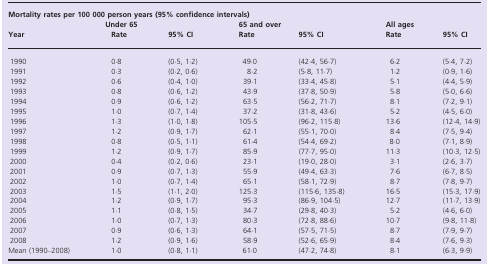
<table><thead><tr><td colspan="7"><b>Mortality rates per 100 000 person years (95% confidence intervals)</b></td></tr><tr><td></td><td><b>Under 65</b></td><td></td><td><b>65 and over</b></td><td></td><td><b>All ages</b></td><td></td></tr><tr><td><b>Year</b></td><td><b>Rate</b></td><td><b>95% CI</b></td><td><b>Rate</b></td><td><b>95% CI</b></td><td><b>Rate</b></td><td><b>95% CI</b></td></tr></thead><tbody><tr><td>1990</td><td>0·8</td><td>(0·5, 1·2)</td><td>49·0</td><td>(42·4, 56·7)</td><td>6·2</td><td>(5·4, 7·2)</td></tr><tr><td>1991</td><td>0·3</td><td>(0·2, 0·6)</td><td>8·2</td><td>(5·8, 11·7)</td><td>1·2</td><td>(0·9, 1·6)</td></tr><tr><td>1992</td><td>0·6</td><td>(0·4, 1·0)</td><td>39·1</td><td>(33·4, 45·8)</td><td>5·1</td><td>(4·4, 5·9)</td></tr><tr><td>1993</td><td>0·8</td><td>(0·6, 1·2)</td><td>43·9</td><td>(37·8, 50·9)</td><td>5·8</td><td>(5·0, 6·6)</td></tr><tr><td>1994</td><td>0·9</td><td>(0·6, 1·2)</td><td>63·5</td><td>(56·2, 71·7)</td><td>8·1</td><td>(7·2, 9·1)</td></tr><tr><td>1995</td><td>1·0</td><td>(0·7, 1·4)</td><td>37·2</td><td>(31·8, 43·6)</td><td>5·2</td><td>(4·5, 6·0)</td></tr><tr><td>1996</td><td>1·3</td><td>(1·0, 1·8)</td><td>105·5</td><td>(96·2, 115·8)</td><td>13·6</td><td>(12·4, 14·9)</td></tr><tr><td>1997</td><td>1·2</td><td>(0·9, 1·7)</td><td>62·1</td><td>(55·1, 70·0)</td><td>8·4</td><td>(7·5, 9·4)</td></tr><tr><td>1998</td><td>0·8</td><td>(0·5, 1·1)</td><td>61·4</td><td>(54·4, 69·2)</td><td>8·0</td><td>(7·1, 8·9)</td></tr><tr><td>1999</td><td>1·2</td><td>(0·9, 1·7)</td><td>85·9</td><td>(77·7, 95·0)</td><td>11·3</td><td>(10·3, 12·5)</td></tr><tr><td>2000</td><td>0·4</td><td>(0·2, 0·6)</td><td>23·1</td><td>(19·0, 28·0)</td><td>3·1</td><td>(2·6, 3·7)</td></tr><tr><td>2001</td><td>0·9</td><td>(0·7, 1·3)</td><td>55·9</td><td>(49·4, 63·3)</td><td>7·6</td><td>(6·7, 8·5)</td></tr><tr><td>2002</td><td>1·0</td><td>(0·7, 1·4)</td><td>65·1</td><td>(58·1, 72·9)</td><td>8·7</td><td>(7·8, 9·7)</td></tr><tr><td>2003</td><td>1·5</td><td>(1·1, 2·0)</td><td>125·3</td><td>(115·6, 135·8)</td><td>16·5</td><td>(15·3, 17·9)</td></tr><tr><td>2004</td><td>1·2</td><td>(0·9, 1·7)</td><td>95·3</td><td>(86·9, 104·5)</td><td>12·7</td><td>(11·7, 13·9)</td></tr><tr><td>2005</td><td>1·1</td><td>(0·8, 1·5)</td><td>34·7</td><td>(29·8, 40·3)</td><td>5·2</td><td>(4·6, 6·0)</td></tr><tr><td>2006</td><td>1·0</td><td>(0·7, 1·3)</td><td>80·3</td><td>(72·8, 88·6)</td><td>10·7</td><td>(9·8, 11·8)</td></tr><tr><td>2007</td><td>0·9</td><td>(0·6, 1·3)</td><td>64·1</td><td>(57·5, 71·5)</td><td>8·7</td><td>(7·9, 9·7)</td></tr><tr><td>2008</td><td>1·2</td><td>(0·9, 1·6)</td><td>58·9</td><td>(52·6, 65·9)</td><td>8·4</td><td>(7·6, 9·3)</td></tr><tr><td>Mean (1990–2008)</td><td>1·0</td><td>(0·8, 1·1)</td><td>61·0</td><td>(47·2, 74·8)</td><td>8·1</td><td>(6·3, 9·9)</td></tr></tbody></table>